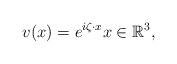
LaTeX: \begin{align*}v(x)=e^{i \zeta\cdot x}x\in\mathbb{R}^3,\end{align*}